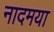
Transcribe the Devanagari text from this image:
नादमया